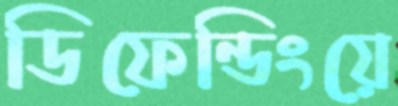
ডিফেন্ডিংয়ে